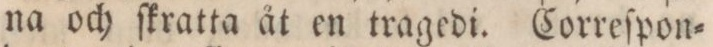
na och ſkratta åt en tragedi. Correſpon=